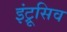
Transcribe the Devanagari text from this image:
इंट्रूसिव